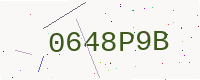
Text: 0648P9B